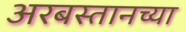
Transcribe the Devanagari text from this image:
अरबस्तानच्या